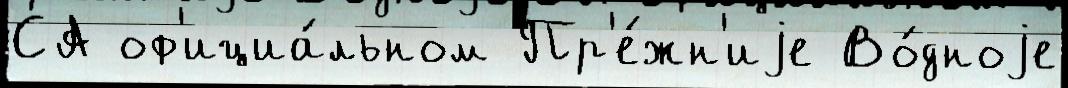
СА оф'ициа́льном Пр'е́жн'иjе Во́дноjе